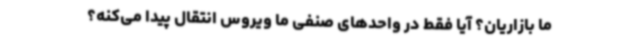
ما بازاریان؟ آیا فقط در واحدهای صنفی ما ویروس انتقال پیدا می‌کنه؟